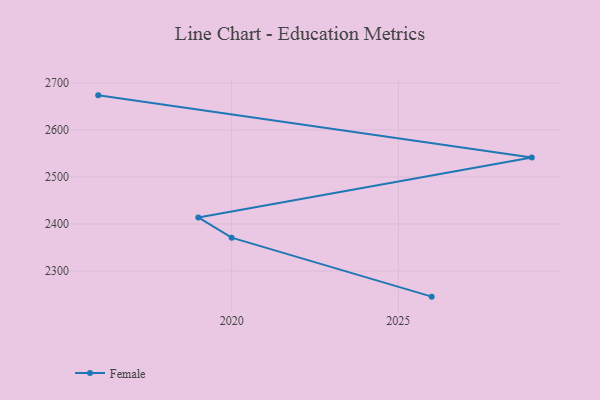
{"axis": {"x": "Year", "y": "Energy Usage (MWh)"}, "legend": ["Female"], "data": [{"x": "2026", "y": 2245.3, "type": "Female"}, {"x": "2020", "y": 2370.8, "type": "Female"}, {"x": "2019", "y": 2413.9, "type": "Female"}, {"x": "2029", "y": 2541.3, "type": "Female"}, {"x": "2016", "y": 2673.7, "type": "Female"}]}